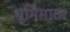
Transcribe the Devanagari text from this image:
भूमिमाता